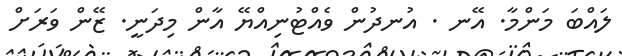
ލައްބަ މަންމާ. އޭނ . އުނދުން ވެއްޓުނިއްޔޭ އާން މިދަނީ. ޒޭން ވަރަށް